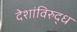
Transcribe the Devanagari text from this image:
देशांविरुद्ध